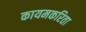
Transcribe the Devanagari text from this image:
कायमकरिता